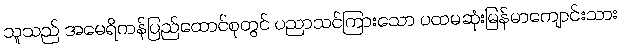
သူသည် အမေရိကန်ပြည်ထောင်စုတွင် ပညာသင်ကြားသော ပထမဆုံးမြန်မာကျောင်းသား